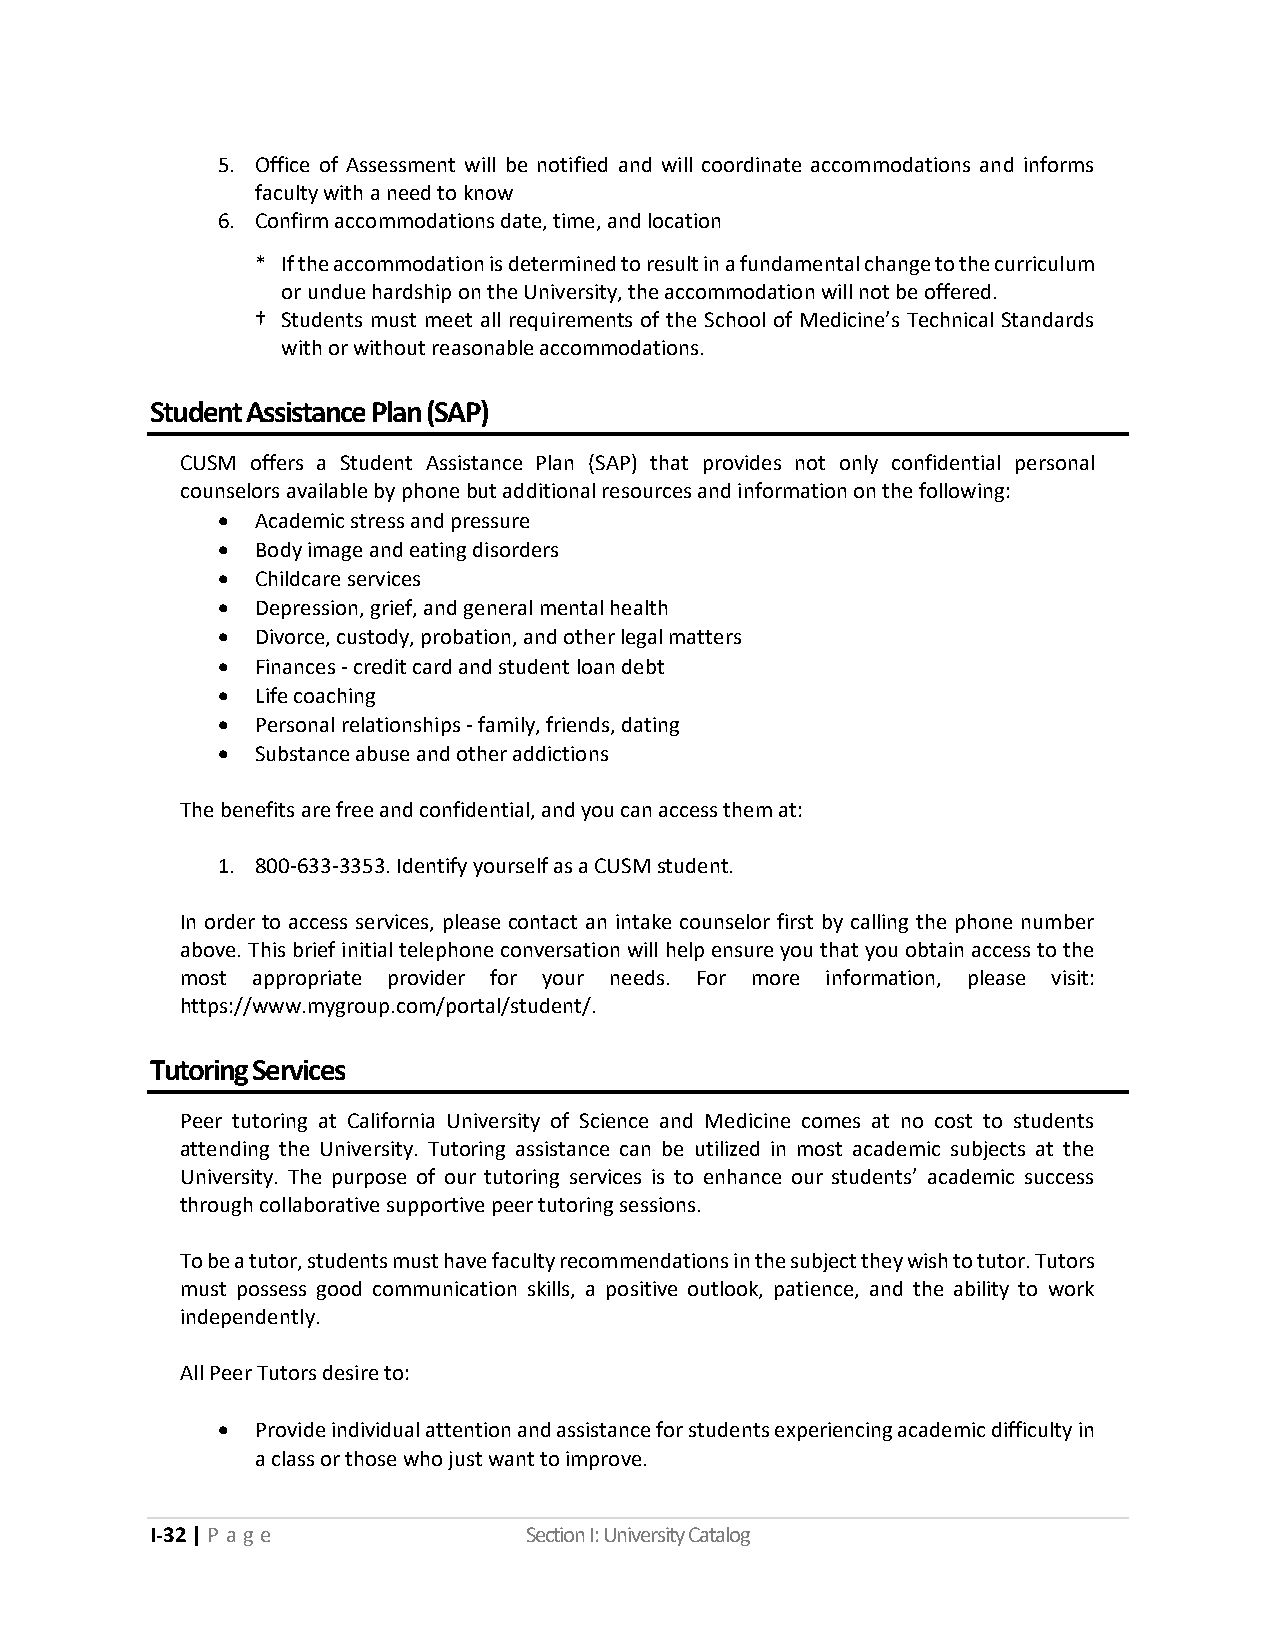
5. Office of Assessment will be notified and will coordinate accommodations and informs
 faculty with a need to know
 6. Confirm accommodations date, time, and location
 * If the accommodation is determined to result in a fundamental change to the curriculum
 or undue hardship on the University, the accommodation will not be offered.
 † Students must meet all requirements of the School of Medicine’s Technical Standards
 with or without reasonable accommodations.
 Student Assistance Plan (SAP)
 CUSM offers a Student Assistance Plan (SAP) that provides not only confidential personal
 counselors available by phone but additional resources and information on the following:
 •  Academic stress and pressure
 •  Body image and eating disorders
 •  Childcare services
 •  Depression, grief, and general mental health
 •  Divorce, custody, probation, and other legal matters
 •  Finances - credit card and student loan debt
 •  Life coaching
 •  Personal relationships - family, friends, dating
 •  Substance abuse and other addictions
 The benefits are free and confidential, and you can access them at:
 1. 800-633-3353. Identify yourself as a CUSM student.
 In order to access services, please contact an intake counselor first by calling the phone number
 above. This brief initial telephone conversation will help ensure you that you obtain access to the
 most appropriate provider for your needs. For more information, please visit:
 https://www.mygroup.com/portal/student/.
 Tutoring Services
 Peer tutoring at California University of Science and Medicine comes at no cost to students
 attending the University. Tutoring assistance can be utilized in most academic subjects at the
 University. The purpose of our tutoring services is to enhance our students’ academic success
 through collaborative supportive peer tutoring sessions.
 To be a tutor, students must have faculty recommendations in the subject they wish to tutor. Tutors
 must possess good communication skills, a positive outlook, patience, and the ability to work
 independently.
 All Peer Tutors desire to:
 •  Provide individual attention and assistance for students experiencing academic difficulty in
 a class or those who just want to improve.
 I-32 | P a ge            Section I: University Catalog